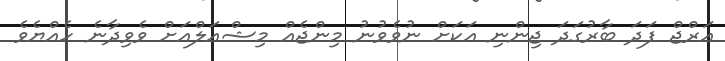
އަރްޖް ފަދަ ބާރުގަދަ ޖިންނި އަކަށް ނުވެވުނު މިންޖެއް މިޝްއަލްއަށް ވެވިދާނެ ހެއްޔެވެ